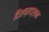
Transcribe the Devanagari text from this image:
दिशप्रदर्शन